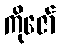
ကိုဇော်